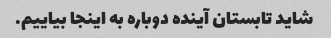
شاید تابستان آینده دوباره به اینجا بیاییم.